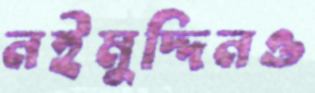
নইমুদ্দিনও